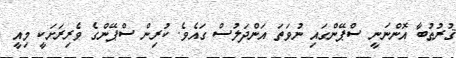
ޤުރުޠުބާ އޮންނަނީ ސްޕޭންގައި ނުވަތަ އަންދަލުސް ގައެވެ. ކުރިން ސްޕޭންގެ ވެރިރަށަކީ މިއީ